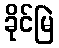
ခိုင်မြဲ